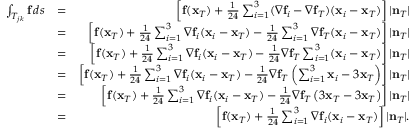
\begin{array} { r l r } { \int _ { T _ { j k } } { \bf f } \, d s } & { = } & { \left[ { \bf f } ( { \bf x } _ { T } ) + \frac { 1 } { 2 4 } \sum _ { i = 1 } ^ { 3 } ( \nabla { \bf f } _ { i } - \nabla { \bf f } _ { T } ) ( { \bf x } _ { i } - { \bf x } _ { T } ) \right] | { \bf n } _ { T } | } \\ & { = } & { \left[ { \bf f } ( { \bf x } _ { T } ) + \frac { 1 } { 2 4 } \sum _ { i = 1 } ^ { 3 } \nabla { \bf f } _ { i } ( { \bf x } _ { i } - { \bf x } _ { T } ) - \frac { 1 } { 2 4 } \sum _ { i = 1 } ^ { 3 } \nabla { \bf f } _ { T } ( { \bf x } _ { i } - { \bf x } _ { T } ) \right] | { \bf n } _ { T } | } \\ & { = } & { \left[ { \bf f } ( { \bf x } _ { T } ) + \frac { 1 } { 2 4 } \sum _ { i = 1 } ^ { 3 } \nabla { \bf f } _ { i } ( { \bf x } _ { i } - { \bf x } _ { T } ) - \frac { 1 } { 2 4 } \nabla { \bf f } _ { T } \sum _ { i = 1 } ^ { 3 } ( { \bf x } _ { i } - { \bf x } _ { T } ) \right] | { \bf n } _ { T } | } \\ & { = } & { \left[ { \bf f } ( { \bf x } _ { T } ) + \frac { 1 } { 2 4 } \sum _ { i = 1 } ^ { 3 } \nabla { \bf f } _ { i } ( { \bf x } _ { i } - { \bf x } _ { T } ) - \frac { 1 } { 2 4 } \nabla { \bf f } _ { T } \left( \sum _ { i = 1 } ^ { 3 } { \bf x } _ { i } - 3 { \bf x } _ { T } \right) \right] | { \bf n } _ { T } | } \\ & { = } & { \left[ { \bf f } ( { \bf x } _ { T } ) + \frac { 1 } { 2 4 } \sum _ { i = 1 } ^ { 3 } \nabla { \bf f } _ { i } ( { \bf x } _ { i } - { \bf x } _ { T } ) - \frac { 1 } { 2 4 } \nabla { \bf f } _ { T } \left( 3 { \bf x } _ { T } - 3 { \bf x } _ { T } \right) \right] | { \bf n } _ { T } | } \\ & { = } & { \left[ { \bf f } ( { \bf x } _ { T } ) + \frac { 1 } { 2 4 } \sum _ { i = 1 } ^ { 3 } \nabla { \bf f } _ { i } ( { \bf x } _ { i } - { \bf x } _ { T } ) \right] | { \bf n } _ { T } | . } \end{array}